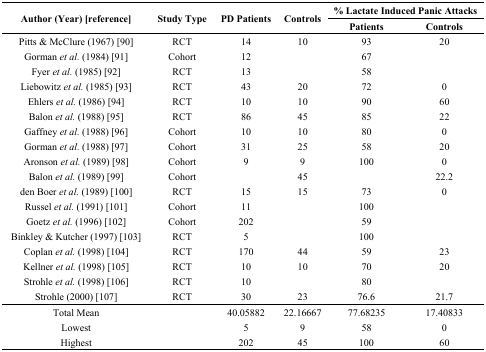
<table><thead><tr><td rowspan="2"><b>Author (Year) [reference]</b></td><td rowspan="2"><b>Study Type</b></td><td rowspan="2"><b>PD Patients</b></td><td rowspan="2"><b>Controls</b></td><td colspan="2"><b>% Lactate Induced Panic Attacks</b></td></tr><tr><td><b>Patients</b></td><td><b>Controls</b></td></tr></thead><tbody><tr><td>Pitts &amp; McClure (1967) [90]</td><td>RCT</td><td>14</td><td>10</td><td>93</td><td>20</td></tr><tr><td>Gorman <i>et al.</i> (1984) [91]</td><td>Cohort</td><td>12</td><td></td><td>67</td><td></td></tr><tr><td>Fyer <i>et al.</i> (1985) [92]</td><td>RCT</td><td>13</td><td></td><td>58</td><td></td></tr><tr><td>Liebowitz <i>et al.</i> (1985) [93]</td><td>RCT</td><td>43</td><td>20</td><td>72</td><td>0</td></tr><tr><td>Ehlers <i>et al.</i> (1986) [94]</td><td>RCT</td><td>10</td><td>10</td><td>90</td><td>60</td></tr><tr><td>Balon <i>et al.</i> (1988) [95]</td><td>RCT</td><td>86</td><td>45</td><td>85</td><td>22</td></tr><tr><td>Gaffney <i>et al.</i> (1988) [96]</td><td>Cohort</td><td>10</td><td>10</td><td>80</td><td>0</td></tr><tr><td>Gorman <i>et al.</i> (1988) [97]</td><td>Cohort</td><td>31</td><td>25</td><td>58</td><td>20</td></tr><tr><td>Aronson <i>et al.</i> (1989) [98]</td><td>Cohort</td><td>9</td><td>9</td><td>100</td><td>0</td></tr><tr><td>Balon <i>et al.</i> (1989) [99]</td><td>Cohort</td><td></td><td>45</td><td></td><td>22.2</td></tr><tr><td>den Boer <i>et al.</i> (1989) [100]</td><td>RCT</td><td>15</td><td>15</td><td>73</td><td>0</td></tr><tr><td>Russel <i>et al.</i> (1991) [101]</td><td>Cohort</td><td>11</td><td></td><td>100</td><td></td></tr><tr><td>Goetz <i>et al.</i> (1996) [102]</td><td>Cohort</td><td>202</td><td></td><td>59</td><td></td></tr><tr><td>Binkley &amp; Kutcher (1997) [103]</td><td>RCT</td><td>5</td><td></td><td>100</td><td></td></tr><tr><td>Coplan <i>et al.</i> (1998) [104]</td><td>RCT</td><td>170</td><td>44</td><td>59</td><td>23</td></tr><tr><td>Kellner <i>et al.</i> (1998) [105]</td><td>RCT</td><td>10</td><td>10</td><td>70</td><td>20</td></tr><tr><td>Strohle <i>et al.</i> (1998) [106]</td><td>RCT</td><td>10</td><td></td><td>80</td><td></td></tr><tr><td>Strohle (2000) [107]</td><td>RCT</td><td>30</td><td>23</td><td>76.6</td><td>21.7</td></tr><tr><td>Total Mean</td><td></td><td>40.05882</td><td>22.16667</td><td>77.68235</td><td>17.40833</td></tr><tr><td>Lowest</td><td></td><td>5</td><td>9</td><td>58</td><td>0</td></tr><tr><td>Highest</td><td></td><td>202</td><td>45</td><td>100</td><td>60</td></tr></tbody></table>